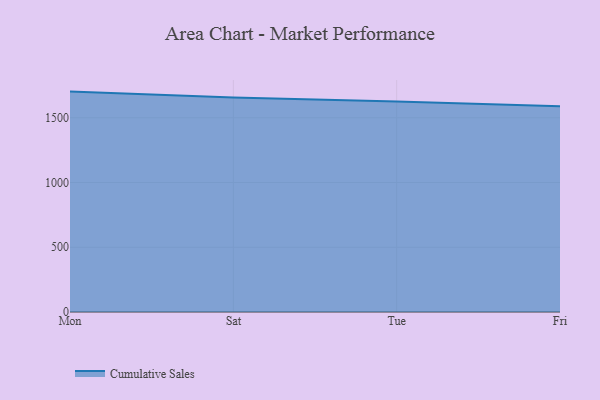
{"axis": {"x": "Day", "y": "Demand Index"}, "legend": ["Cumulative Sales"], "data": [{"x": "Mon", "y": 1701.9, "type": "Cumulative Sales"}, {"x": "Sat", "y": 1656.0, "type": "Cumulative Sales"}, {"x": "Tue", "y": 1626.3, "type": "Cumulative Sales"}, {"x": "Fri", "y": 1589.4, "type": "Cumulative Sales"}]}